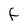
Character: F